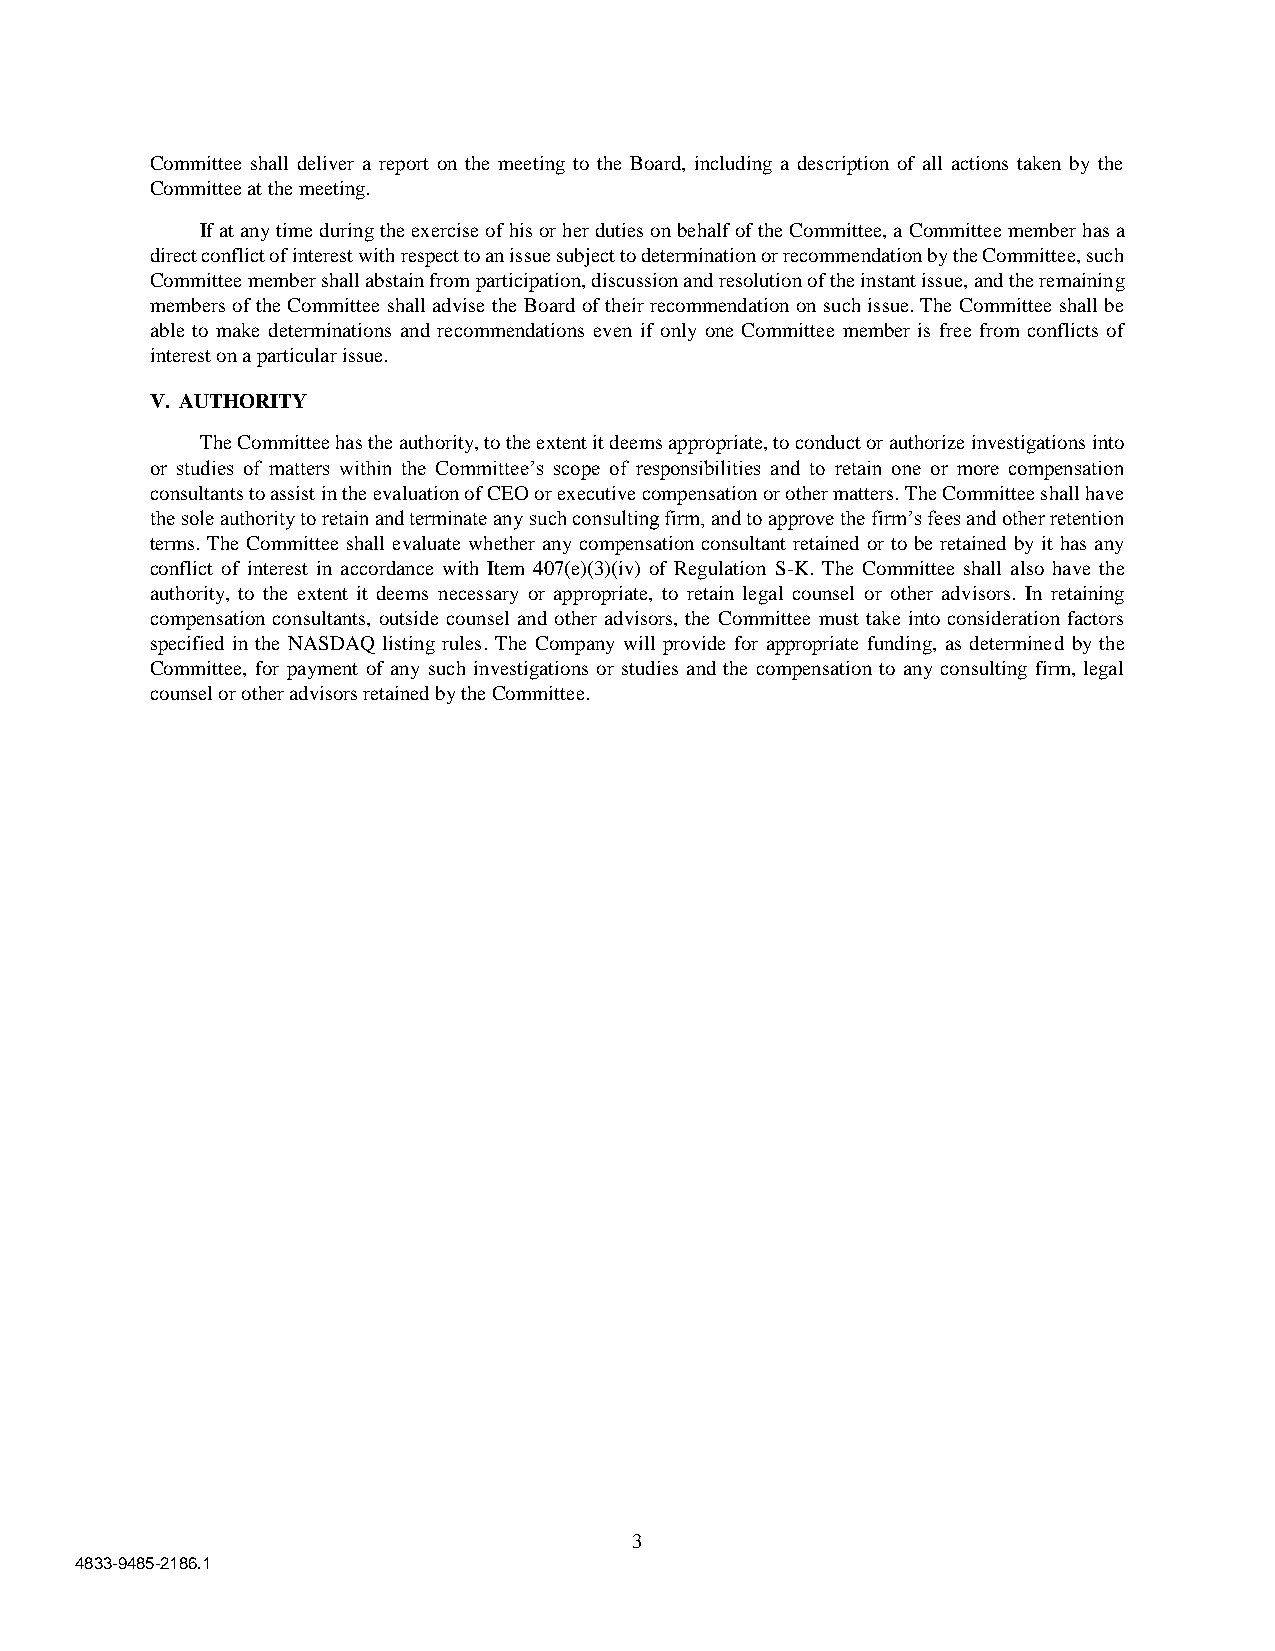
Committee shall deliver a report on the meeting to the Board, including a description of all actions taken by the
 Committee at the meeting.
 If at any time during the exercise of his or her duties on behalf of the Committee, a Committee member has a
 direct conflict of interest with respect to an issue subject to determination or recommendation by the Committee, such
 Committee member shall abstain from participation, discussion and resolution of the instant issue, and the remaining
 members of the Committee shall advise the Board of their recommendation on such issue. The Committee shall be
 able to make determinations and recommendations even if only one Committee member is free from conflicts of
 interest on a particular issue.
 V. AUTHORITY
 The Committee has the authority, to the extent it deems appropriate, to conduct or authorize investigations into
 or studies of matters within the Committee’s scope of responsibilities and to retain one or more compensation
 consultants to assist in the evaluation of CEO or executive compensation or other matters. The Committee shall have
 the sole authority to retain and terminate any such consulting firm, and to approve the firm’s fees and other retention
 terms. The Committee shall evaluate whether any compensation consultant retained or to be retained by it has any
 conflict of interest in accordance with Item 407(e)(3)(iv) of Regulation S-K. The Committee shall also have the
 authority, to the extent it deems necessary or appropriate, to retain legal counsel or other advisors. In retaining
 compensation consultants, outside counsel and other advisors, the Committee must take into consideration factors
 specified in the NASDAQ listing rules. The Company will provide for appropriate funding, as determined by the
 Committee, for payment of any such investigations or studies and the compensation to any consulting firm, legal
 counsel or other advisors retained by the Committee.
 3
 4833-9485-2186.1